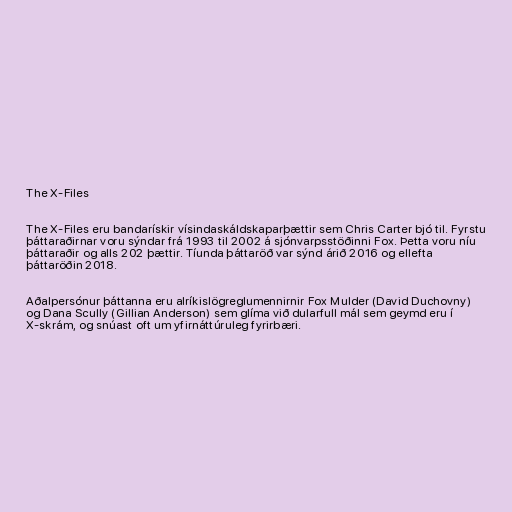
The X-Files

The X-Files eru bandarískir vísindaskáldskaparþættir sem Chris Carter bjó til. Fyrstu
þáttaraðirnar voru sýndar frá 1993 til 2002 á sjónvarpsstöðinni Fox. Þetta voru níu
þáttaraðir og alls 202 þættir. Tíunda þáttaröð var sýnd árið 2016 og ellefta
þáttaröðin 2018.

Aðalpersónur þáttanna eru alríkislögreglumennirnir Fox Mulder (David Duchovny)
og Dana Scully (Gillian Anderson) sem glíma við dularfull mál sem geymd eru í
X-skrám, og snúast oft um yfirnáttúruleg fyrirbæri.